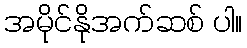
အမိုင်နိုအက်ဆစ် ပါ။